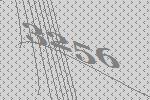
3256